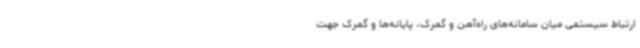
ارتباط سیستمی میان سامانه‌های راه‌آهن و گمرک، پایانه‌ها و گمرک جهت